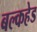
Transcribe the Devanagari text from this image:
बल्‍कहेड